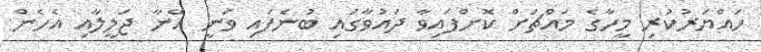
ހައްޔަރުކުރި މީހާގެ މައްޗަށް ކޮށްފައިވާ ދައުވާގައި ބުނެފައި ވަނީ އޭނާ ޖަލީލާއި އެހެން